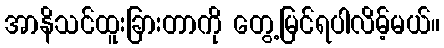
အာနိသင်ထူးခြားတာကို တွေ့မြင်ရပါလိမ့်မယ်။